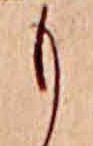
も